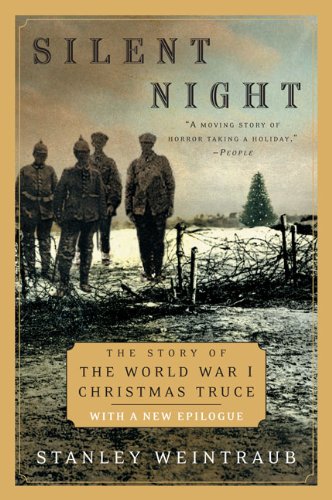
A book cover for Silent Night: The Story of the World War I Christmas Truce; Stanley Weintraub; History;